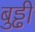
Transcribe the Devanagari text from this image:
बुड्ढी